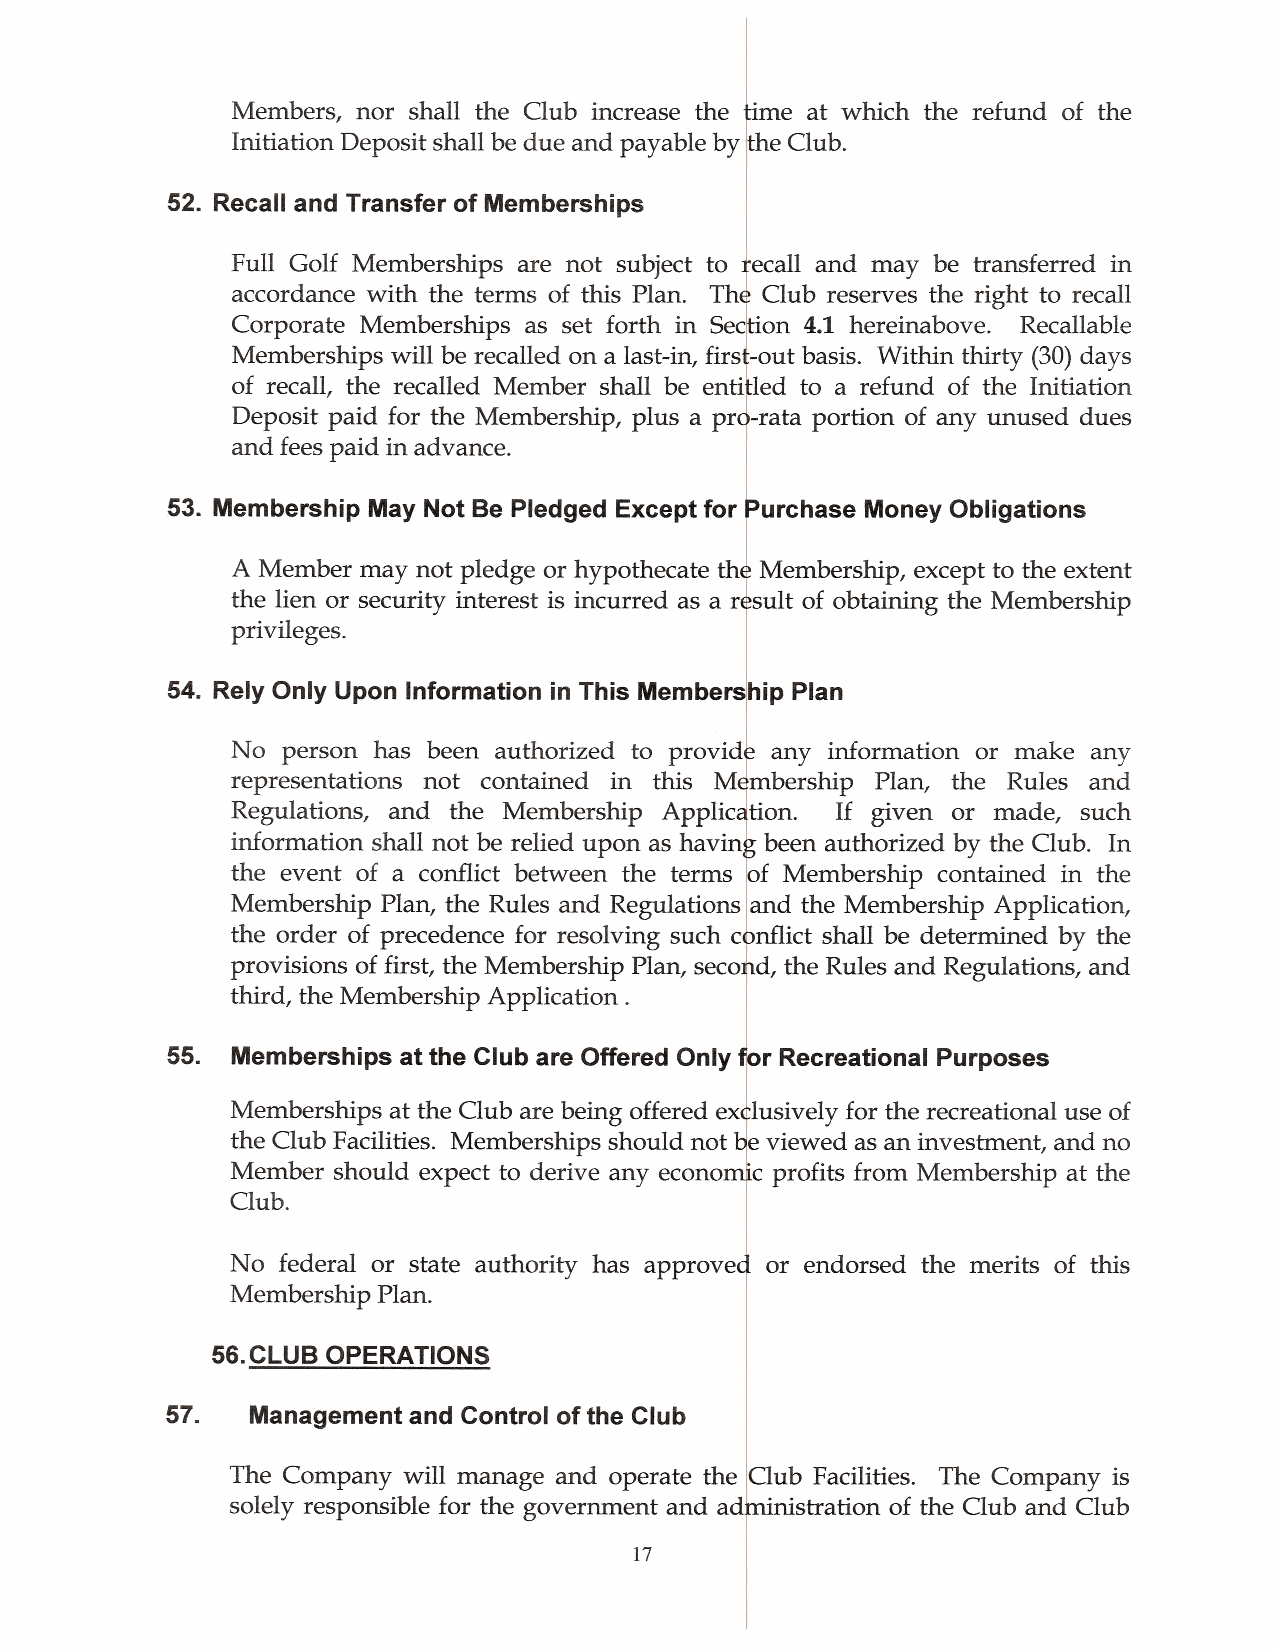
Members, nor shall the Club increase the time at which the refund of the
 Initiation Deposit shall be due and payable by the Club.
 52. Recall and Transfer of Memberships
 Full Golf Memberships are not subject to recall and may be transferred in
 accordance with the terms of this Plan. The Club reserves the right to recall
 Corporate Memberships as set forth in Section 4.1 hereinabove. Recallable
 Memberships will be recalled on a last-in, first-out basis. Within thirty (30) days
 of recall, the recalled Member shall be entitled to a refund of the Initiation
 Deposit paid for the Membership, plus a pro-rata portion of any unused dues
 and fees paid in advance.
 53. Membership May Not Be Pledged Except for Purchase Money Obligations
 A Member may not pledge or hypothecate the Membership, except to the extent
 the lien or security interest is incurred as a result of obtaining the Membership
 privileges.
 54. Rely Only Upon Information in This Membership Plan
 No  person has been authorized to provide any information or make any
 representations not contained in this Membership Plan, the Rules and
 Regulations, and the Membership Application. If given or made, such
 information shall not be relied upon as having been authorized by the Club. In
 the event of a conflict between the terms of Membership contained in the
 Membership Plan, the Rules and Regulations and the Membership Application,
 the order of precedence for resolving such conflict shall be determined by the
 provisions of first, the Membership Plan, second, the Rules and Regulations, and
 third, the Membership Application.
 55. Memberships at the Club are Offered Only for Recreational Purposes
 Memberships at the Club are being offered exclusively for the recreational use of
 the Club Facilities. Memberships should not be viewed as an investment, and no
 Member should expect to derive any economic profits from Membership at the
 Club.
 No federal or state authority has approved or endorsed the merits of this
 Membership Plan.
 56.CLUB OPERATIONS
 57.   Management and Control ofthe Club
 The Company will manage and operate the Club Facilities. The Company is
 solely responsible for the government and administration of the Club and Club
 17